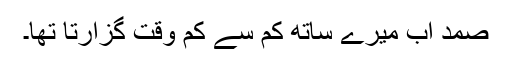
صمد اب میرے ساتھ کم سے کم وقت گزارتا تھا۔